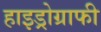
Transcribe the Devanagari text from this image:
हाइड्रोग्राफी